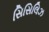
સિસિલિઝ